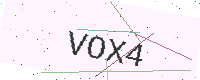
Text: VOX4